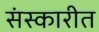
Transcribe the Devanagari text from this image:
संस्कारीत